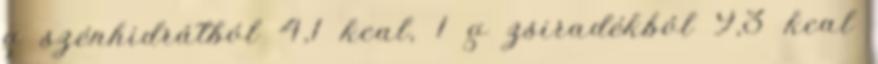
g szénhidrátból 4,1 kcal, 1 g zsiradékból 9,3 kcal